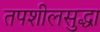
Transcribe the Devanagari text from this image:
तपशीलसुद्धा